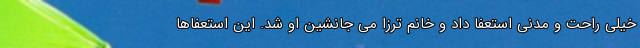
خیلی راحت و مدنی استعفا داد و خانم ترزا می جانشین او شد. این استعفاها